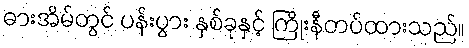
ဓားအိမ်တွင် ပန်းပွား နှစ်ခုနှင့် ကြိုးနီတပ်ထားသည်။